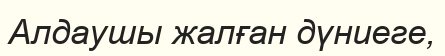
Алдаушы жалған дүниеге,